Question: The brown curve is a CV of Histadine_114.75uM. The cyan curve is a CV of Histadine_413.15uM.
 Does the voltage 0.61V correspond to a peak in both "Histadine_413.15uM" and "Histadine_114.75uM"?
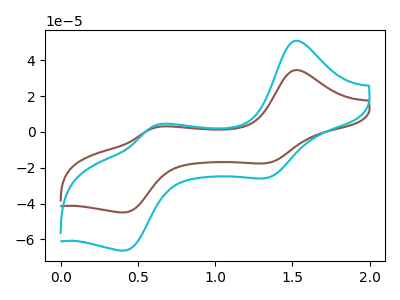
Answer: <think>The brown curve "Histadine_114.75uM" has anodic peaks at (1.50V, 34.45uA) (0.60V, 2.55uA) and cathodic peaks at (1.35V, -17.45uA) (0.40V, -44.90uA). The cyan curve "Histadine_413.15uM" has anodic peaks at (1.50V, 50.75uA) (0.60V, 3.75uA) and cathodic peaks at (1.35V, -25.70uA) (0.40V, -66.20uA).</think>
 <answer>Yes, "Histadine_413.15uM" and "Histadine_114.75uM" share a peak at 0.61V.</answer>
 <eval>match</eval>